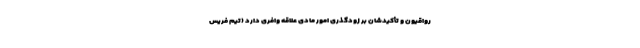
رواقیون و تأکیدشان بر زودگذریِ امور مادی علاقهٔ وافری دارد (تیم فریس